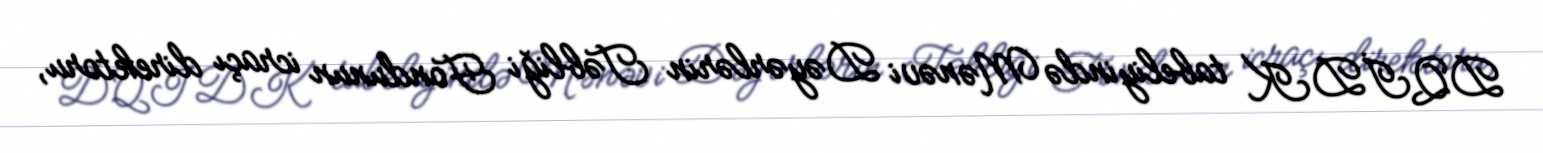
DQİDK tabeliyində Mənəvi Dəyərlərin Təbliği Fondunun icraçı direktoru,